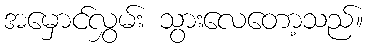
အမှောင်လွှမ်း သွားလေတော့သည်။